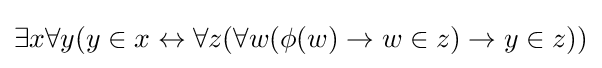
\exists x\forall y(y\in x\leftrightarrow \forall z(\forall w(\phi (w)\rightarrow w\in z)\rightarrow y\in z))